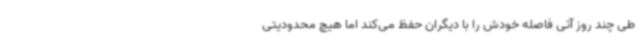
طی چند روز آتی فاصله خودش را با دیگران حفظ می‌کند اما هیچ محدودیتی